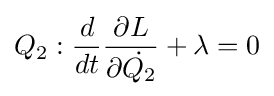
Q_{2}:{\frac {d}{dt}}{\frac {\partial L}{\partial {\dot {Q_{2}}}}}+{\lambda }=0